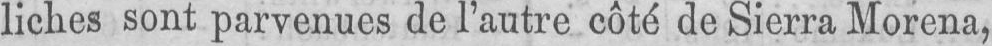
liches sont parvenues de l’autre côté de Sierra Morena,